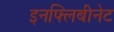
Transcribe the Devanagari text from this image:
इनफ्लिबीनेट